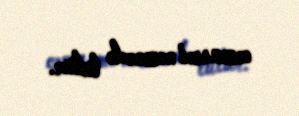
cəzasıni nəzərdə tutur.